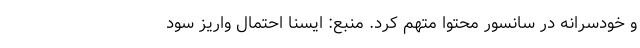
و خودسرانه در سانسور محتوا متهم کرد. منبع: ایسنا احتمال واریز سود